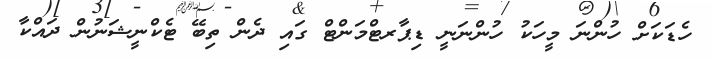
ހެޑަކަށް ހުންނަ މީހަކު ހުންނަނީ ޑިޕާރޓްމަންޓް ގައި ދެން ތިބޭ ޓެކްނީޝަނުން ދައްކާ